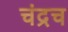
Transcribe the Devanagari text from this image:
चंद्रच